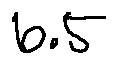
6 . 5